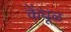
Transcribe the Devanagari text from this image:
केंधूळ